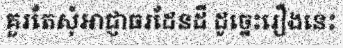
គួរតែសុំអាជ្ញាធរដែនដី ដូច្នេះរឿងនេះ